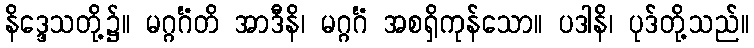
နိဒ္ဒေသတို့၌။ မဂ္ဂင်္ဂံတိ အာဒီနိ၊ မဂ္ဂင်္ဂံ အစရှိကုန်သော။ ပဒါနိ၊ ပုဒ်တို့သည်။